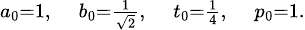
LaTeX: \scriptstyle a_{0}=1,\quad b_{0}={\frac{1}{\sqrt{2}}},\quad t_{0}={\frac{1}{4}},\quad p_{0}=1.